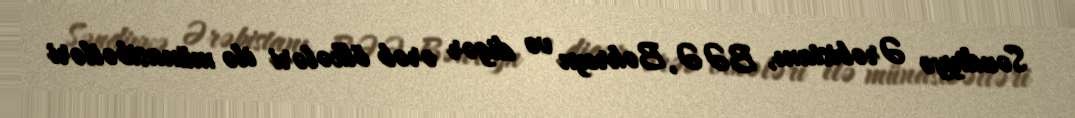
Səudiyyə Ərəbistanı, BƏƏ, Bəhreyn və digər ərəb ölkələri ilə münasibətləri